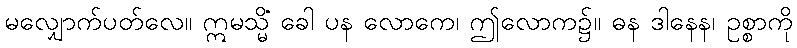
မလျှောက်ပတ်လေ။ ဣမသ္မိံ ခေါ ပန လောကေ၊ ဤလောက၌။ ဓန ဒါနေန၊ ဥစ္စာကို